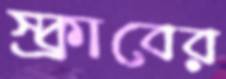
স্ক্রাবের